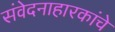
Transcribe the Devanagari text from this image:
संवेदनाहारकांचे